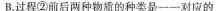
②前后两种物质的种类是一一对应的